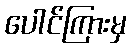
ပေါင်ကြားမှ